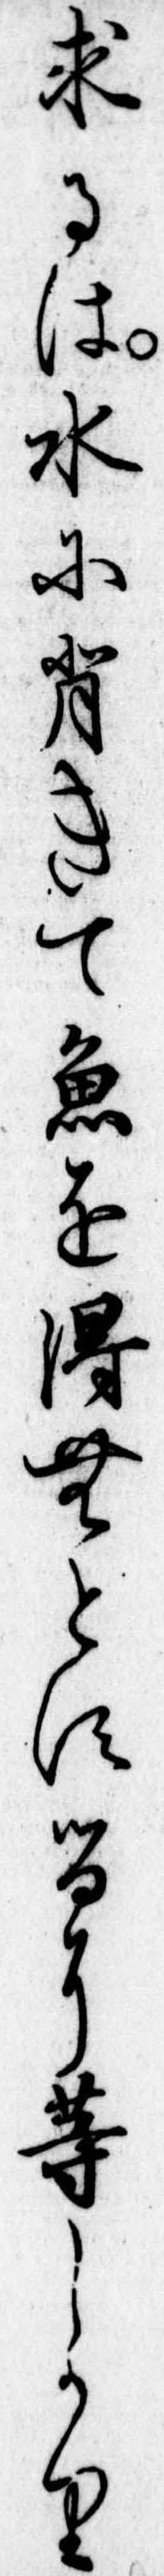
求るは水に背きて魚を得むとするに等しかり